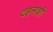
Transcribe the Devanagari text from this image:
दहनाशी